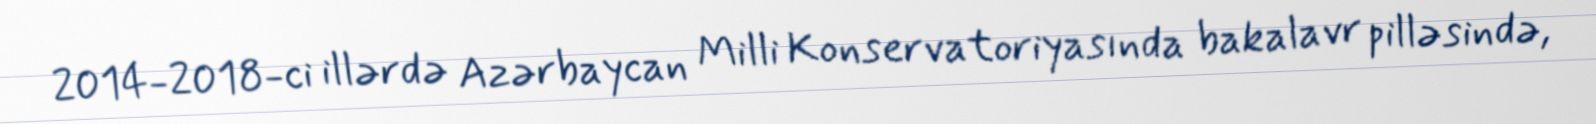
2014-2018-ci illərdə Azərbaycan Milli Konservatoriyasında bakalavr pilləsində,